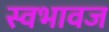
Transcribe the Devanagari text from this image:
स्वभावज